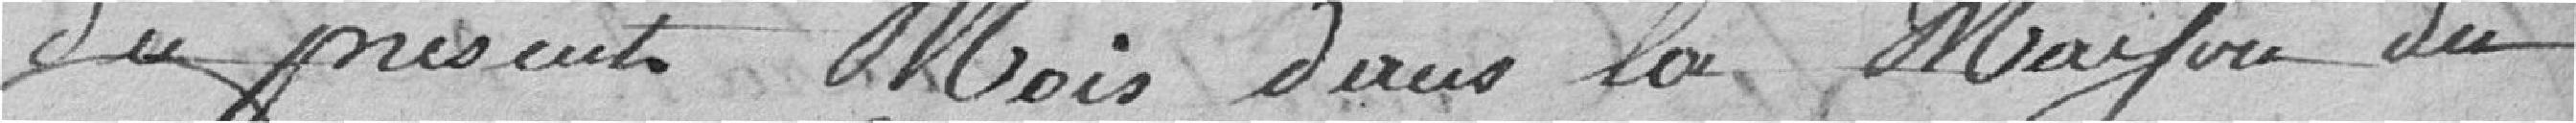
du présent mois dans la maison du